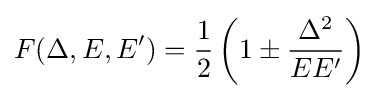
F(\Delta ,E,E')={\frac {1}{2}}\left(1\pm {\frac {\Delta ^{2}}{EE'}}\right)